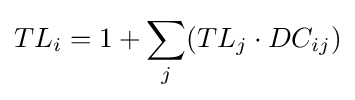
TL_{i}=1+\sum _{j}(TL_{j}\cdot DC_{ij})